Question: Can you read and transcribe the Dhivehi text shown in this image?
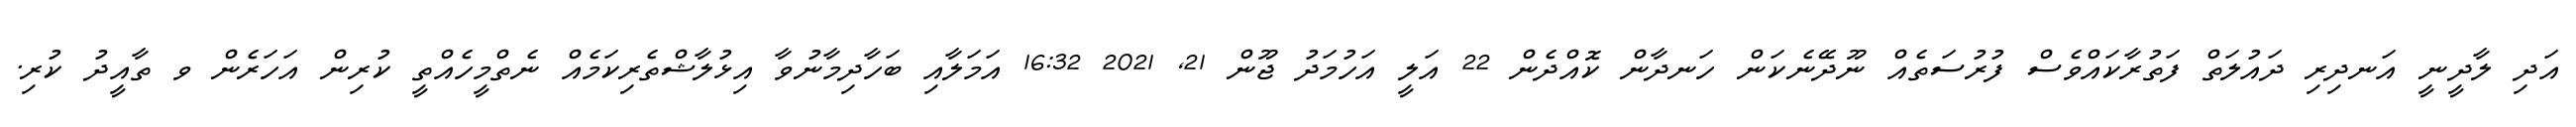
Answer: އަދި ލާދީނީ އަނދިރި ދައުލަތް ފަތުރާކައްވެސް ފުރުސަތެއް ނޫދޭނެކަން ހަނދާން ކޮއްދެން 22 އަލީ އަހުމަދު ޖޫން 21, 2021 16:32 އަމަލާއި ބަހާދިމާނުވާ އިޅުލާޝްތެރިކަމެއް ނެތްމީހެއްތީ ކުރިން އަހަރެން ވ ތާއީދު ކުރި.